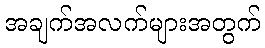
အချက်အလက်များအတွက်